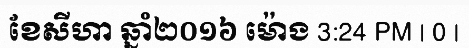
ខែសីហា ឆ្នាំ២០១៦ ម៉ោង 3:24 PM | 0 |